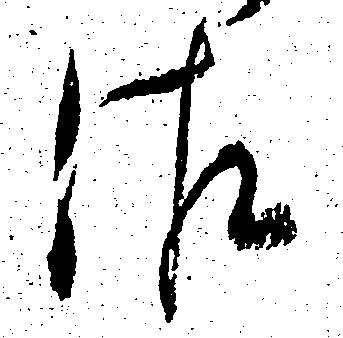
佐